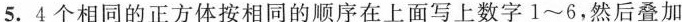
5.4个相同的正方体按相同的顺序在上面写上数字1~6，然后叠加